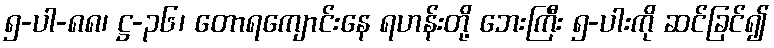
၅-ပါ-၈၈၊ ဋ္ဌ-၃၆၊ တောရကျောင်းနေ ရဟန်းတို့ ဘေးကြီး ၅-ပါးကို ဆင်ခြင်၍